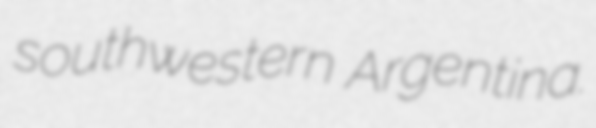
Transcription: southwestern Argentina.